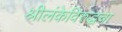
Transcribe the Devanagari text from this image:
श्रीलंकेविरुद्धचा